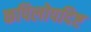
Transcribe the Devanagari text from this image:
कपिलोपदिष्ट